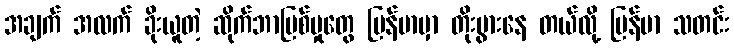
အချက် အလက် ခိုးယူတဲ့ ဆိုက်ဘာပြစ်မှုတွေ မြန်မာမှာ တိုးပွားနေ တယ်လို့ မြန်မာ သတင်း